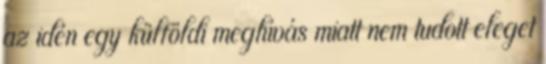
az idén egy külföldi meghívás miatt nem tudott eleget